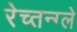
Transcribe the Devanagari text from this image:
रेच्तन्ग्ले